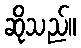
ဆိုသည်။